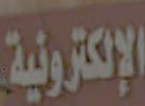
الإلكترونية